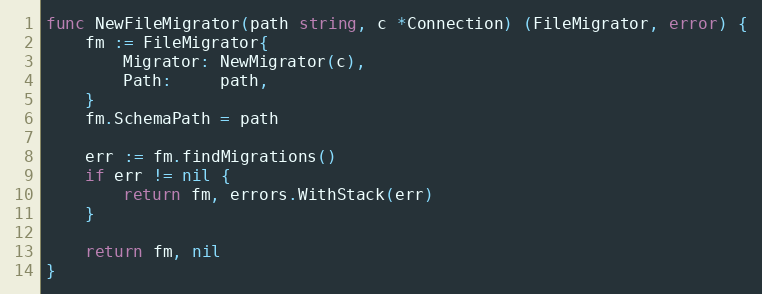
Language: Go
func NewFileMigrator(path string, c *Connection) (FileMigrator, error) {
	fm := FileMigrator{
		Migrator: NewMigrator(c),
		Path:     path,
	}
	fm.SchemaPath = path

	err := fm.findMigrations()
	if err != nil {
		return fm, errors.WithStack(err)
	}

	return fm, nil
}